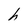
Character: h